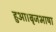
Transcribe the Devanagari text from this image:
हुआ।बृजभाषा